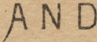
AND